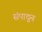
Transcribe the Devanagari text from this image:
संपादून